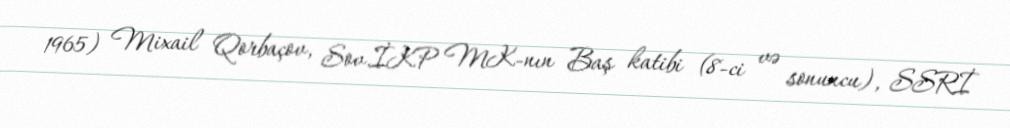
1965) Mixail Qorbaçov, Sov.İKP MK-nın Baş katibi (8-ci və sonuncu), SSRİ